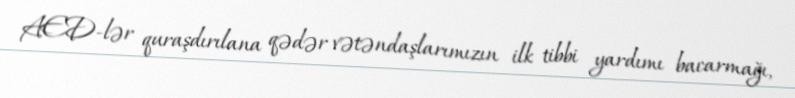
AED-lər quraşdırılana qədər vətəndaşlarımızın ilk tibbi yardımı bacarmağı,